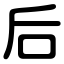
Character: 后